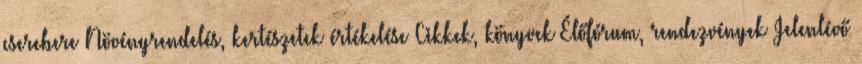
cserebere Növényrendelés, kertészetek értékelése Cikkek, könyvek Élőfórum, rendezvények Jelenlévő